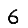
Digit: 6